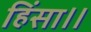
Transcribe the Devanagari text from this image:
हिंसा।।